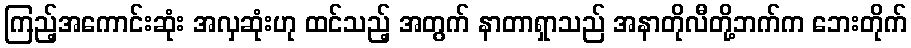
ကြည့်အကောင်းဆုံး အလှဆုံးဟု ထင်သည့် အတွက် နာတာရှာသည် အနာတိုလီတို့ဘက်က ဘေးတိုက်